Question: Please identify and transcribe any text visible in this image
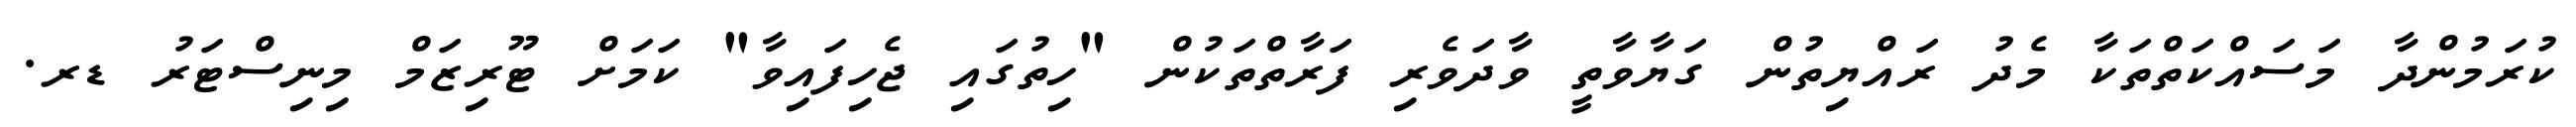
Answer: ކުރަމުންދާ މަސައްކަތްތަކާ މެދު ރައްޔިތުން ގަޔާވާތީ ވާދަވެރި ފަރާތްތަކުން "ހިތުގައި ޖެހިފައިވާ" ކަމަށް ޓޫރިޒަމް މިނިސްޓަރު ޑރ.